Elephants and their diseases
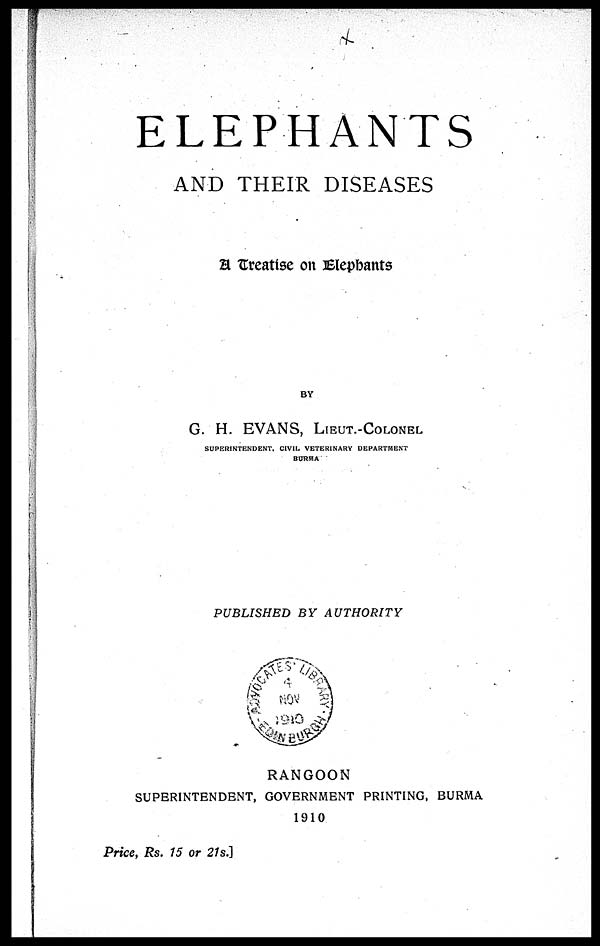
ELEPHANTS
AND THEIR DISEASES
A Creatise on Elephants
BY
G. H. EVANS, LIEUT.-COLONEL
SUPERINTENDENT, CIVIL VETERINARY DEPARTMENT
BURMA
PUBLISHED BY
AUTHORITY
RANGOON
SUPERINTENDENT, GOVERNMENT PRINTING, BURMA
1910
Price, Rs. 15 or 21s.]